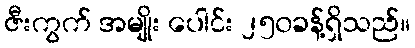
ဇီးကွက် အမျိုး ပေါင်း ၂၅၀ခန့်ရှိသည်။